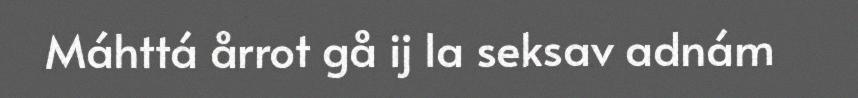
Máhttá årrot gå ij la seksav adnám